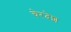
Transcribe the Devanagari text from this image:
चेरदेश